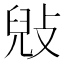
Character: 㪒